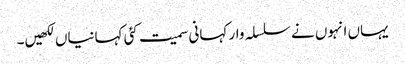
یہاں انہوں نے سلسلہ وار کہانی سمیت کئی کہانیاں لکھیں۔